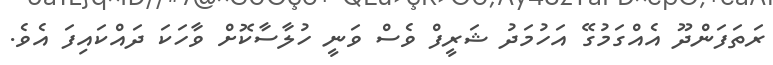
ރަތަފަންދޫ އެއްގަމުގޭ އަހުމަދު ޝަރީފް ވެސް ވަނީ ހުލާސާކޮށް ވާހަކަ ދައްކައިފަ އެވެ.